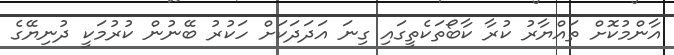
އާންމުކޮށް ތައްޔާރު ކުރާ ކާބޯތަކެތީގައި ގިނަ އަދަދަކަށް ހަކުރު ބޭނުން ކުރުމަކީ ދުނިޔޭގެ